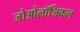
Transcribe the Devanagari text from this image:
जोओलॉजिकल